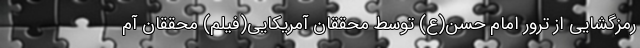
رمزگشایی از ترور امام حسن(ع) توسط محققان آمریکایی(فیلم) محققان آم